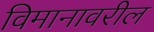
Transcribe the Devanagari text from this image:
विमानावरील